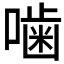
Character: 噛